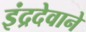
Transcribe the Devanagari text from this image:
इंद्रदेवाने